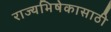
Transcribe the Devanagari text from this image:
राज्यभिषेकासाठी